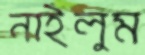
নাইলুম